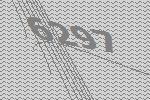
6297